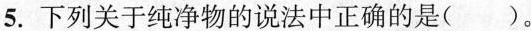
5.下列关于纯净物的说法正确的是（）。